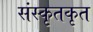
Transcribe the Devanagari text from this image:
संस्कृतकृत